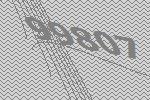
99807